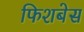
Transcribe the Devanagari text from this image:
फिशबेस